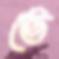
ভে